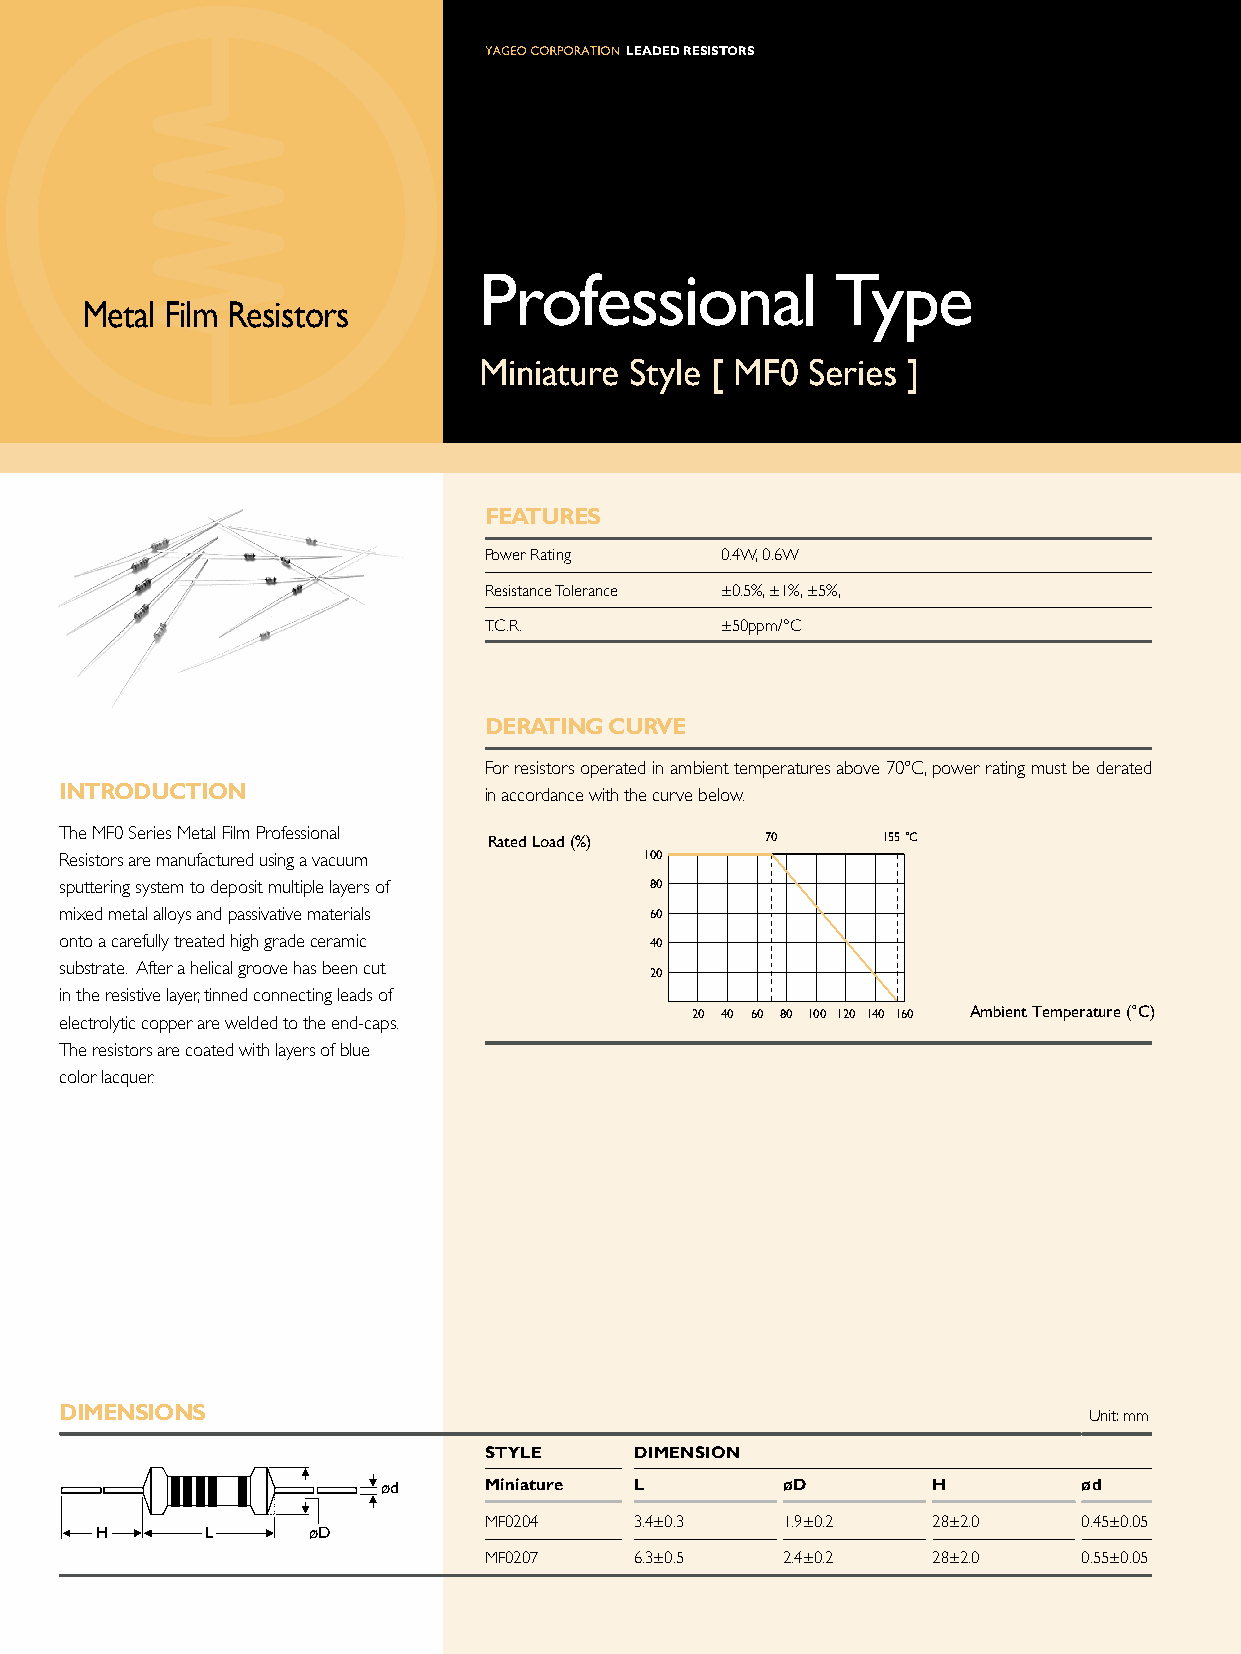
Leaded ResistoRs
 Professional           Type
 Metal Film Resistors
 Miniature Style [ MF0 Series ]
 FeatURes
 Power Rating    0.4W, 0.6W
 Resistance Tolerance ±0.5%, ±1%, ±5%,
 T.C.R.          ±50ppm/°C
 deRatiNG CURVe
 For resistors operated in ambient temperatures above 70°C, power rating must be derated
 iNtRodUCtioN                in accordance with the curve below.
 The MF0 Series Metal Film Professional
 Rated Load (%)     70     155°C
 Resistors are manufactured using a vacuum 100
 sputtering system to deposit multiple layers of 80
 mixed metal alloys and passivative materials 60
 onto a carefully treated high grade ceramic 40
 substrate. After a helical groove has been cut
 20
 in the resistive layer, tinned connecting leads of
 electrolytic copper are welded to the end-caps. 20 40 60 80 100 120 140 160 Ambient Temperature (°C)
 The resistors are coated with layers of blue
 color lacquer.
 diMeNsioNs                                                          Unit: mm
 stYLe     diMeNsioN
 ød     Miniature L         ød        H         ød
 MF0204    3.4±0.3   1.9±0.2   28±2.0    0.45±0.05
 H       L     øD
 MF0207    6.3±0.5   2.4±0.2   28±2.0    0.55±0.05